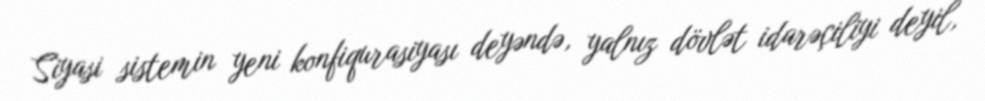
Siyasi sistemin yeni konfiqurasiyası deyəndə, yalnız dövlət idarəçiliyi deyil,